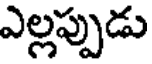
ఎల్లప్పుడు